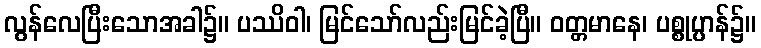
လွန်လေပြီးသောအခါ၌။ ပဿိဝါ၊ မြင်သော်လည်းမြင်ခဲ့ပြီ။ ဝတ္တမာနေ၊ ပစ္စုပ္ပာန်၌။